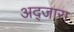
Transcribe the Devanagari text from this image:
अद्जारा